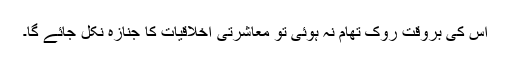
اس کی بروقت روک تھام نہ ہوئی تو معاشرتی اخلاقیات کا جنازہ نکل جائے گا۔